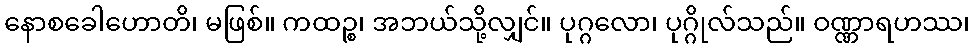
နောစခေါဟောတိ၊ မဖြစ်။ ကထဉ္စ၊ အဘယ်သို့လျှင်။ ပုဂ္ဂလော၊ ပုဂ္ဂိုလ်သည်။ ဝဏ္ဏာရဟဿ၊